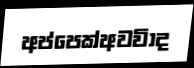
අප්පෙක්අවවිාද